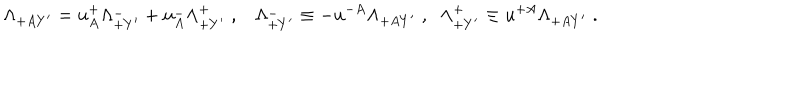
\Lambda _ { + A Y ^ { \prime } } = u _ { A } ^ { + } \Lambda _ { + Y ^ { \prime } } ^ { - } + u _ { A } ^ { - } \Lambda _ { + Y ^ { \prime } } ^ { + } \; , \Lambda _ { + Y ^ { \prime } } ^ { - } \equiv - u ^ { - A } \Lambda _ { + A Y ^ { \prime } } \; , \; \; \Lambda _ { + Y ^ { \prime } } ^ { + } \equiv u ^ { + A } \Lambda _ { + A Y ^ { \prime } } \; .